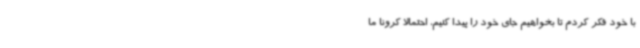
با خود فکر کردم تا بخواهیم جای خود را پیدا کنیم، احتمالا کرونا ما